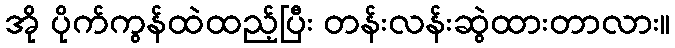
အို ပိုက်ကွန်ထဲထည့်ပြီး တန်းလန်းဆွဲထားတာလား။